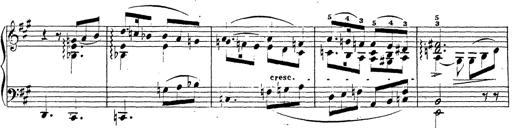
Title: Chanson bohÃ©mienne
Composer: Franz Liszt